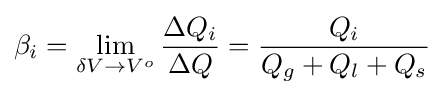
\beta _{i}=\lim \limits _{\delta V\rightarrow V^{o}}{\frac {\Delta Q_{i}}{\Delta Q}}={\frac {Q_{i}}{Q_{g}+Q_{l}+Q_{s}}}